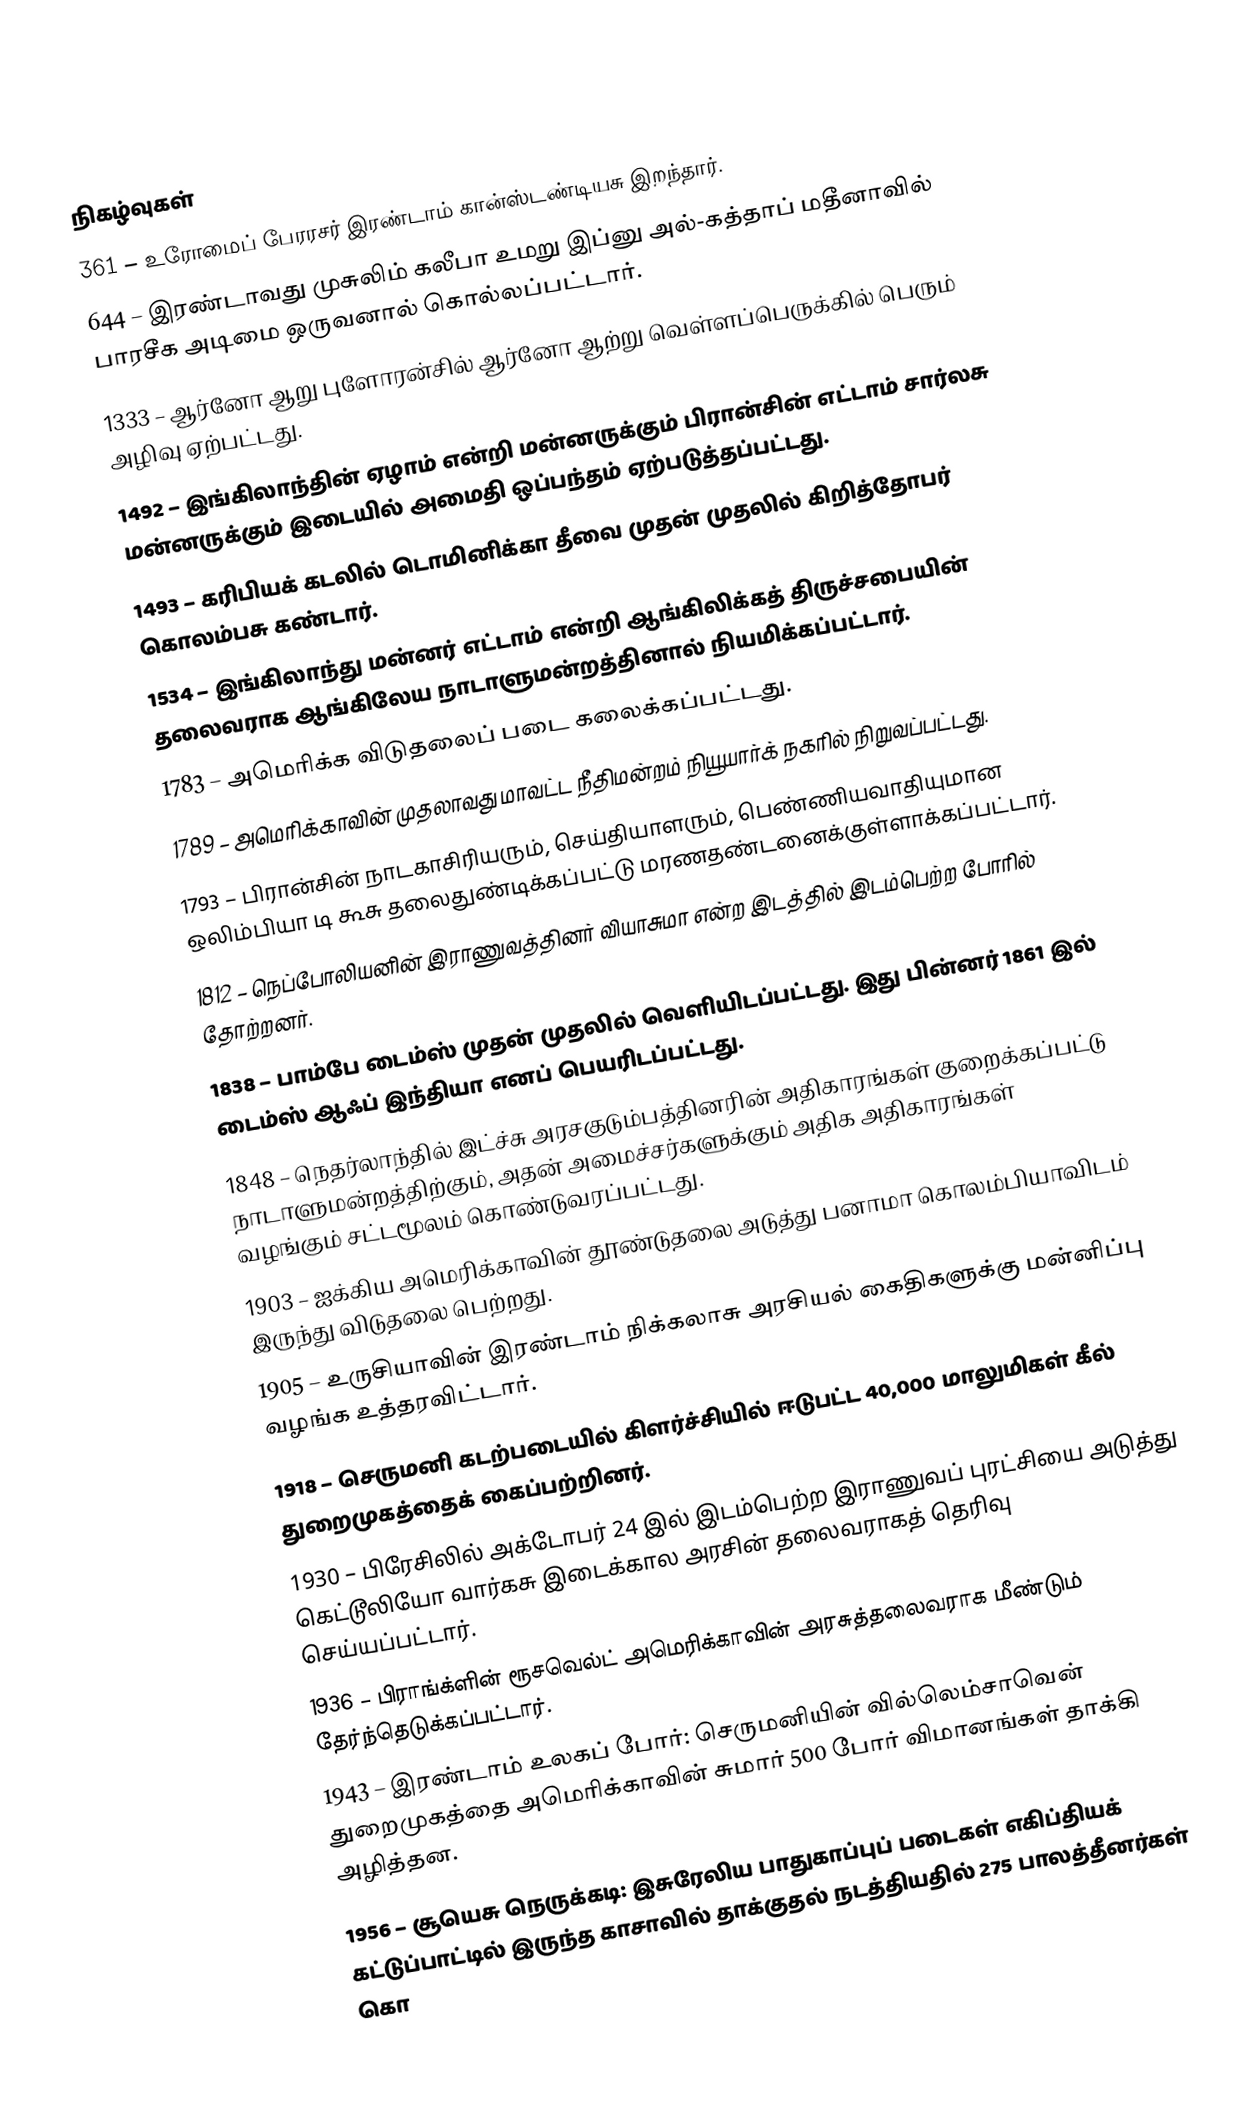

நிகழ்வுகள்
 361 – உரோமைப் பேரரசர் இரண்டாம் கான்ஸ்டண்டியசு இறந்தார்.
 644 – இரண்டாவது முசுலிம் கலீபா உமறு இப்னு அல்-கத்தாப் மதீனாவில் பாரசீக அடிமை ஒருவனால் கொல்லப்பட்டார்.
1333 – ஆர்னோ ஆறு புளோரன்சில் ஆர்னோ ஆற்று வெள்ளப்பெருக்கில் பெரும் அழிவு ஏற்பட்டது.
1492 – இங்கிலாந்தின் ஏழாம் என்றி மன்னருக்கும் பிரான்சின் எட்டாம் சார்லசு மன்னருக்கும் இடையில் அமைதி ஒப்பந்தம் ஏற்படுத்தப்பட்டது.
1493 – கரிபியக் கடலில் டொமினிக்கா தீவை முதன் முதலில் கிறித்தோபர் கொலம்பசு கண்டார்.
1534 – இங்கிலாந்து மன்னர் எட்டாம் என்றி ஆங்கிலிக்கத் திருச்சபையின் தலைவராக ஆங்கிலேய நாடாளுமன்றத்தினால் நியமிக்கப்பட்டார்.
1783 – அமெரிக்க விடுதலைப் படை கலைக்கப்பட்டது.
1789 – அமெரிக்காவின் முதலாவது மாவட்ட நீதிமன்றம் நியூயார்க் நகரில் நிறுவப்பட்டது.
1793 – பிரான்சின் நாடகாசிரியரும், செய்தியாளரும், பெண்ணியவாதியுமான ஒலிம்பியா டி கூசு தலைதுண்டிக்கப்பட்டு மரணதண்டனைக்குள்ளாக்கப்பட்டார்.
1812 – நெப்போலியனின் இராணுவத்தினர் வியாசுமா என்ற இடத்தில் இடம்பெற்ற போரில் தோற்றனர்.
1838 – பாம்பே டைம்ஸ் முதன் முதலில் வெளியிடப்பட்டது. இது பின்னர் 1861 இல் டைம்ஸ் ஆஃப் இந்தியா எனப் பெயரிடப்பட்டது.
1848 – நெதர்லாந்தில் இட்ச்சு அரசகுடும்பத்தினரின் அதிகாரங்கள் குறைக்கப்பட்டு நாடாளுமன்றத்திற்கும், அதன் அமைச்சர்களுக்கும் அதிக அதிகாரங்கள் வழங்கும் சட்டமூலம் கொண்டுவரப்பட்டது.
1903 – ஐக்கிய அமெரிக்காவின் தூண்டுதலை அடுத்து பனாமா கொலம்பியாவிடம் இருந்து விடுதலை பெற்றது.
1905 – உருசியாவின் இரண்டாம் நிக்கலாசு அரசியல் கைதிகளுக்கு மன்னிப்பு வழங்க உத்தரவிட்டார்.
1918 – செருமனி கடற்படையில் கிளர்ச்சியில் ஈடுபட்ட 40,000 மாலுமிகள் கீல் துறைமுகத்தைக் கைப்பற்றினர்.
1930 – பிரேசிலில் அக்டோபர் 24 இல் இடம்பெற்ற இராணுவப் புரட்சியை அடுத்து கெட்டூலியோ வார்கசு இடைக்கால அரசின் தலைவராகத் தெரிவு செய்யப்பட்டார்.
1936 – பிராங்க்ளின் ரூசவெல்ட் அமெரிக்காவின் அரசுத்தலைவராக மீண்டும் தேர்ந்தெடுக்கப்பட்டார்.
1943 – இரண்டாம் உலகப் போர்: செருமனியின் வில்லெம்சாவென் துறைமுகத்தை அமெரிக்காவின் சுமார் 500 போர் விமானங்கள் தாக்கி அழித்தன.
1956 – சூயெசு நெருக்கடி: இசுரேலிய பாதுகாப்புப் படைகள் எகிப்தியக் கட்டுப்பாட்டில் இருந்த காசாவில் தாக்குதல் நடத்தியதில் 275 பாலத்தீனர்கள் கொ